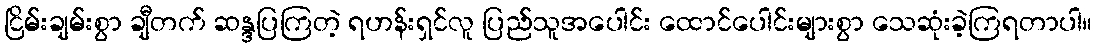
ငြိမ်းချမ်းစွာ ချီတက် ဆန္ဒပြကြတဲ့ ရဟန်းရှင်လူ ပြည်သူအပေါင်း ထောင်ပေါင်းများစွာ သေဆုံးခဲ့ကြရတာပါ။